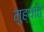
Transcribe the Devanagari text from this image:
मुह्यति